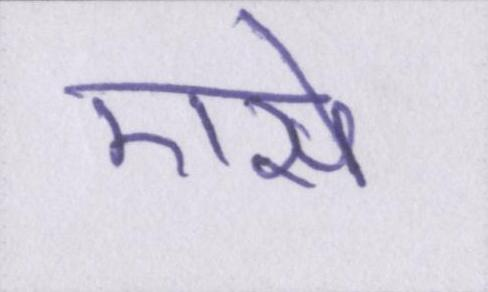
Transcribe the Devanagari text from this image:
एसे